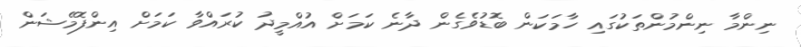
ނިންމާ ނިންމުންތަކުގައި ހާމަކަން ބޮޑުވެގެން ދާނެ ކަމަށް އުއްމީދު ކުރައްވާ ކަމަށް އިންފޮމޭޝަން